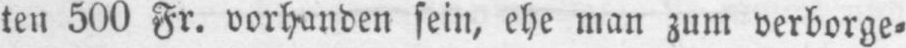
ten 500 Fr. vorhanden sein, ehe man zum verborge⸗